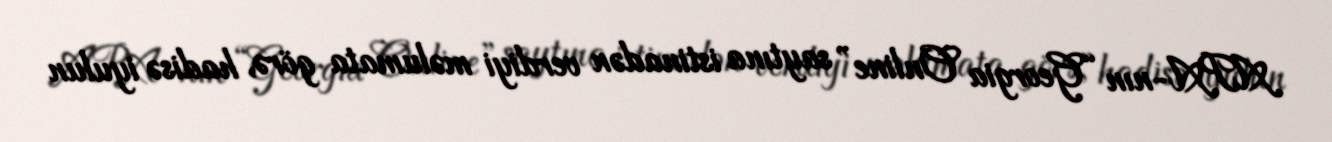
APA-nın “Georgia Online” saytına istinadən verdiyi məlumata görə, hadisə iyulun